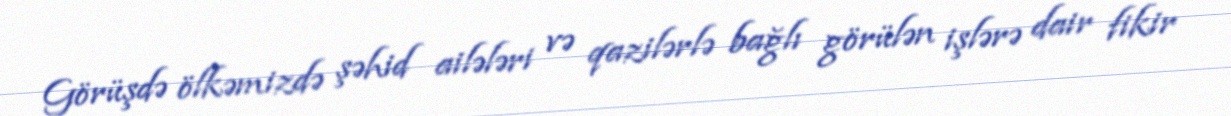
Görüşdə ölkəmizdə şəhid ailələri və qazilərlə bağlı görülən işlərə dair fikir